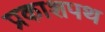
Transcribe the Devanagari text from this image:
प्रकाशपथ